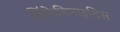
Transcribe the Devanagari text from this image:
लिंफेडिनाइटिस